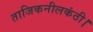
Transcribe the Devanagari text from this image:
ताजिकनीलकंठी।